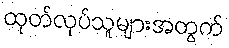
ထုတ်လုပ်သူများအတွက်